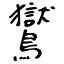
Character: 鸑